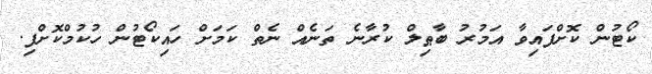
ކޯޓުން ކޮށްފައިވާ އަމުރު ބާޠިލް ކުރާނެ ތަނެއް ނެތް ކަމަށް ހައިކޯޓުން ހުކުމްކޮށްފި.